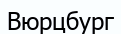
Вюрцбург